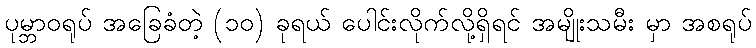
ပုမ္ဘာဝရုပ် အခြေခံတဲ့ (၁၀) ခုရယ် ပေါင်းလိုက်လို့ရှိရင် အမျိုးသမီး မှာ အစရုပ်